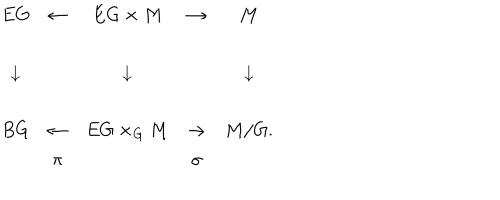
LaTeX: \begin{array} { c c c c c } { { E G } } & { { \leftarrow } } & { { E G \times M } } & { { \rightarrow } } & { { M } } \\ { { \downarrow } } & { { } } & { { \downarrow } } & { { } } & { { \downarrow } } \\ { { B G } } & { { \leftarrow } } & { { E G \times _ { G } M } } & { { \rightarrow } } & { { M / G . } } \\ { { } } & { { \pi } } & { { } } & { { \sigma } } & { { } } \\ \end{array}